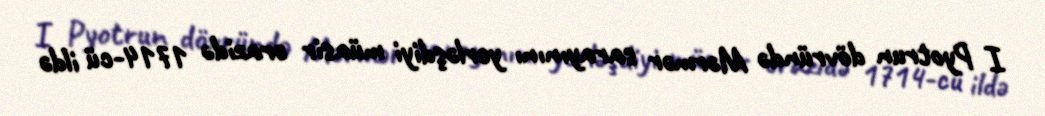
I Pyotrun dövründə Mərmər sarayınını yerləşdiyi müasir ərazidə 1714-cü ildə